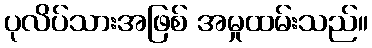
ပုလိပ်သားအဖြစ် အမှုထမ်းသည်။